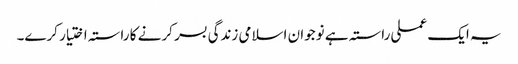
یہ ایک عملی راستہ ہے نوجوان اسلامی زندگی بسر کرنے کا راستہ اختیار کرے۔